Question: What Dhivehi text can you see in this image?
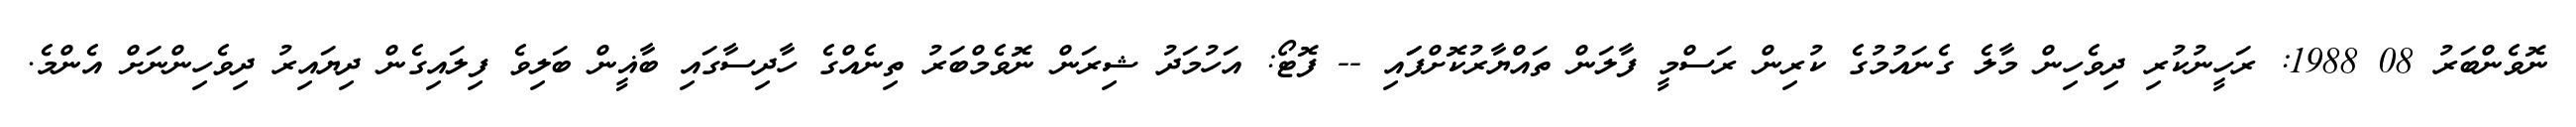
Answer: ނޮވެންބަރު 08 1988: ރަހީނުކުރި ދިވެހިން މާލެ ގެނައުމުގެ ކުރިން ރަސްމީ ފާލަން ތައްޔާރުކޮށްފަައި -- ފޮޓޯ: އަހުމަދު ޝިރަން ނޮވެމްބަރު ތިނެއްގެ ހާދިސާގައި ބާޣީން ބަލިވެ ފިލައިގެން ދިޔައިރު ދިވެހިންނަށް އެންމެ.